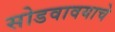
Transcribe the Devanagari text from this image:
सोडवावयाचे